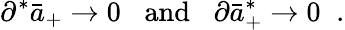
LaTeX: \partial^{*}\bar{a}_{+}\rightarrow 0\; \; \; \mathrm{and}\; \; \; \partial\bar{a}_{+}^{*}\rightarrow 0\; \; .